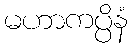
မဟာကပ္ပိနံ